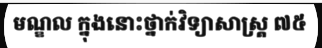
មណ្ឌល ក្នុងនោះថ្នាក់វិទ្យាសាស្ត្រ ៧៥